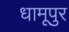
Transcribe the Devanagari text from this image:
धामूपुर